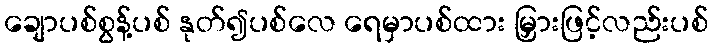
ချောပစ်စွန့်ပစ် နုတ်၍ပစ်လေ ရေမှာပစ်ထား မြှားဖြင့်လည်းပစ်